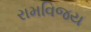
રામવિજય